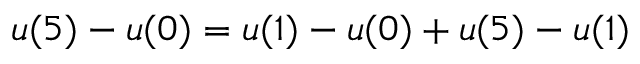
u ( 5 ) - u ( 0 ) = u ( 1 ) - u ( 0 ) + u ( 5 ) - u ( 1 )